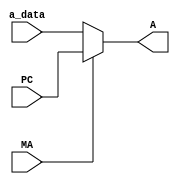
`timescale 1ns / 1ps
//////////////////////////////////////////////////////////////////////////////////
// Company: 
// Engineer: 
// 
// Design Name: 
// Module Name: mux_a
// Project Name: 
// Target Devices: 
// Tool Versions: 
// Description: 
// 
// Dependencies: 
// 
// Revision:
// Revision 0.01 - File Created
// Additional Comments:
// 
//////////////////////////////////////////////////////////////////////////////////


module mux_a(PC,a_data,A,MA);
input [7:0]PC;
input [7:0]a_data;
input MA;
output reg [7:0]A;

always @ (*)
begin
	if(MA)
		A = PC;
	else
		A = a_data;
end
endmodule